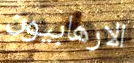
الارهابيون